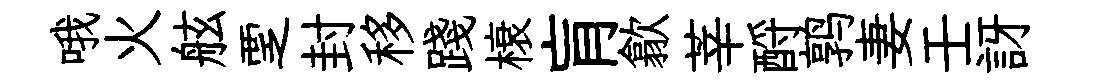
哦火舷覂封移踐榱肓歙莘酹鹑妻壬訝